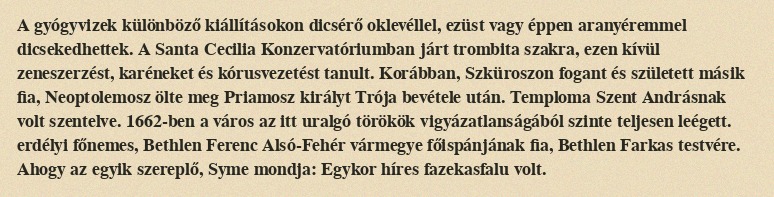
A gyógyvizek különböző kiállításokon dicsérő oklevéllel, ezüst vagy éppen aranyéremmel dicsekedhettek. A Santa Cecilia Konzervatóriumban járt trombita szakra, ezen kívül zeneszerzést, karéneket és kórusvezetést tanult. Korábban, Szküroszon fogant és született másik fia, Neoptolemosz ölte meg Priamosz királyt Trója bevétele után. Temploma Szent Andrásnak volt szentelve. 1662-ben a város az itt uralgó törökök vigyázatlanságából szinte teljesen leégett. erdélyi főnemes, Bethlen Ferenc Alsó-Fehér vármegye főispánjának fia, Bethlen Farkas testvére. Ahogy az egyik szereplő, Syme mondja: Egykor híres fazekasfalu volt.